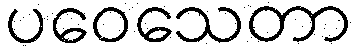
ပဝေသေတာ